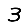
Digit: 3